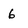
Character: 6